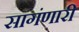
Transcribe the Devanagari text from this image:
सागंणारी